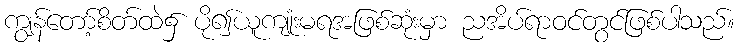
ကျွန်တော့်စိတ်ထဲ၌ ပို၍ယူကျုံးမရအဖြစ်ဆုံးမှာ ညအိပ်ရာဝင်တွင်ဖြစ်ပါသည်။